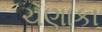
ચણાકા